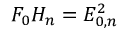
F _ { 0 } H _ { n } = E _ { 0 , n } ^ { 2 }